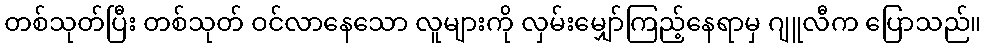
တစ်သုတ်ပြီး တစ်သုတ် ဝင်လာနေသော လူများကို လှမ်းမျှော်ကြည့်နေရာမှ ဂျူလီက ပြောသည်။